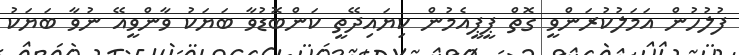
ފުލުހުން އަމަލުކުރަންވީ ގޮތް ޕީޕީއެމުން ކިޔައިދޭތީ ކަންބޮޑުވާ ބަޔަކު ވާންވީއޭ ނުވާ ބަޔަކު